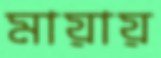
মায়ায়